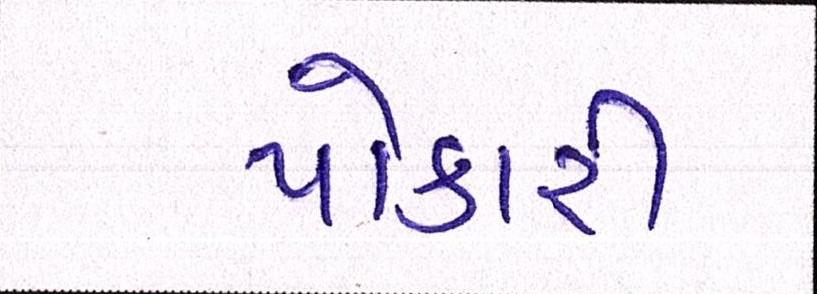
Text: પોકારી